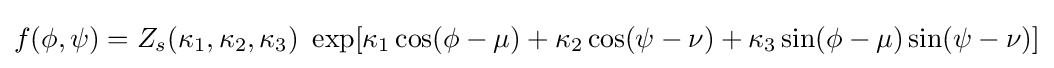
f(\phi ,\psi )=Z_{s}(\kappa _{1},\kappa _{2},\kappa _{3})\ \exp[\kappa _{1}\cos(\phi -\mu )+\kappa _{2}\cos(\psi -\nu )+\kappa _{3}\sin(\phi -\mu )\sin(\psi -\nu )]